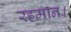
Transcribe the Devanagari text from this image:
रहमान।